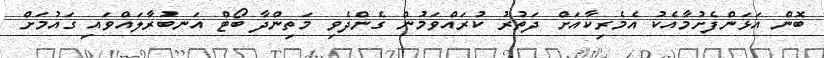
ބޮން އަޅަންފެށުމާއެކު އެމެރިކާއަށް ދަތުރު ކުރައްވަމުން ގެންދެވި މަތިންދާ ބޯޓް އަނބުރާލައްވައި ގައުމަށް